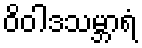
ဝိဝါဒသမ္ဘာရံ